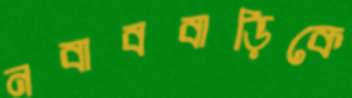
নবাববাড়িকে